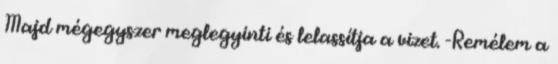
Majd mégegyszer meglegyinti és lelassítja a vizet. -Remélem a